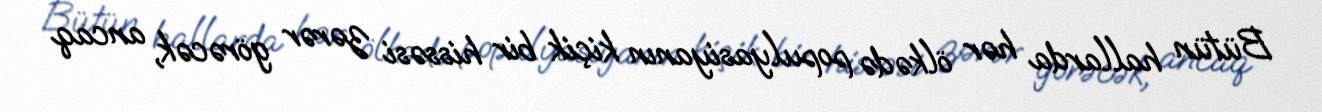
Bütün hallarda hər ölkədə populyasiyanın kiçik bir hissəsi zərər görəcək, ancaq